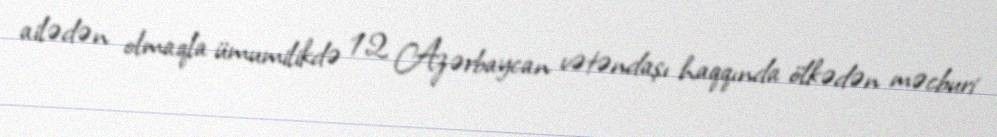
ailədən olmaqla ümumilikdə 12 Azərbaycan vətəndaşı haqqında ölkədən məcburi